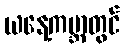
ယနေ့ကမ္ဘာတွင်